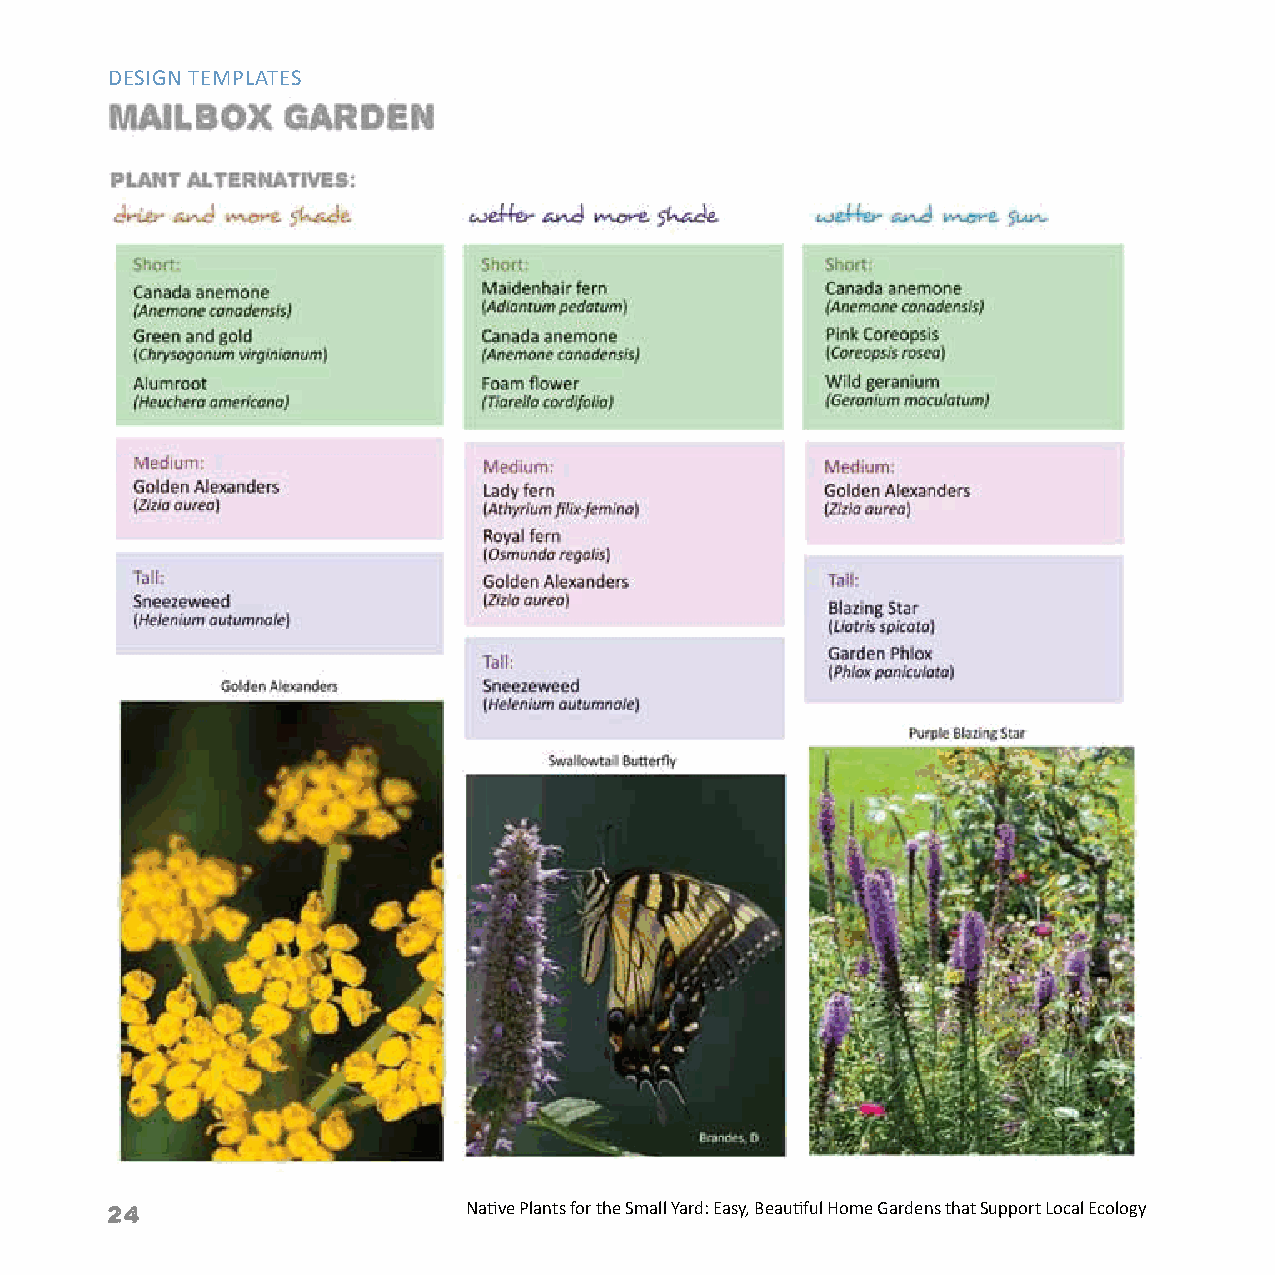
DESIGN TEMPLATES
 24                      Native Plants for the Small Yard: Easy, Beautiful Home Gardens that Support Local Ecology